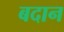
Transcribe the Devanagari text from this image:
बदान